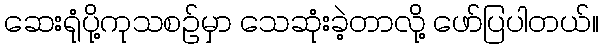
ဆေးရုံပို့ကုသစဥ်မှာ သေဆုံးခဲ့တာလို့ ဖော်ပြပါတယ်။